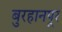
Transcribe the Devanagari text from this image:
बुरहानपूर